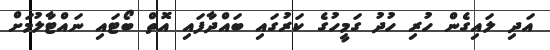
އަދި ލައިގެން ހުރި ހުދު ގަމީހުގެ ކަރުގައި ބައްދާފައި އޮތް ބޯޓައި ނައްޓާލުމަށް